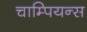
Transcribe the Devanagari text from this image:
चाम्पियन्स